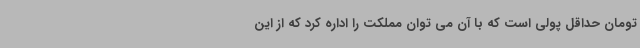
تومان حداقل پولی است که با آن می توان مملکت را اداره کرد که از این